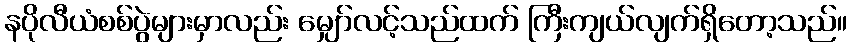
နပိုလီယံစစ်ပွဲများမှာလည်း မျှော်လင့်သည်ထက် ကြီးကျယ်လျက်ရှိတော့သည်။